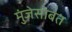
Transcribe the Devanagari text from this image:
मुंजेसोबत